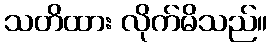
သတိထား လိုက်မိသည်။